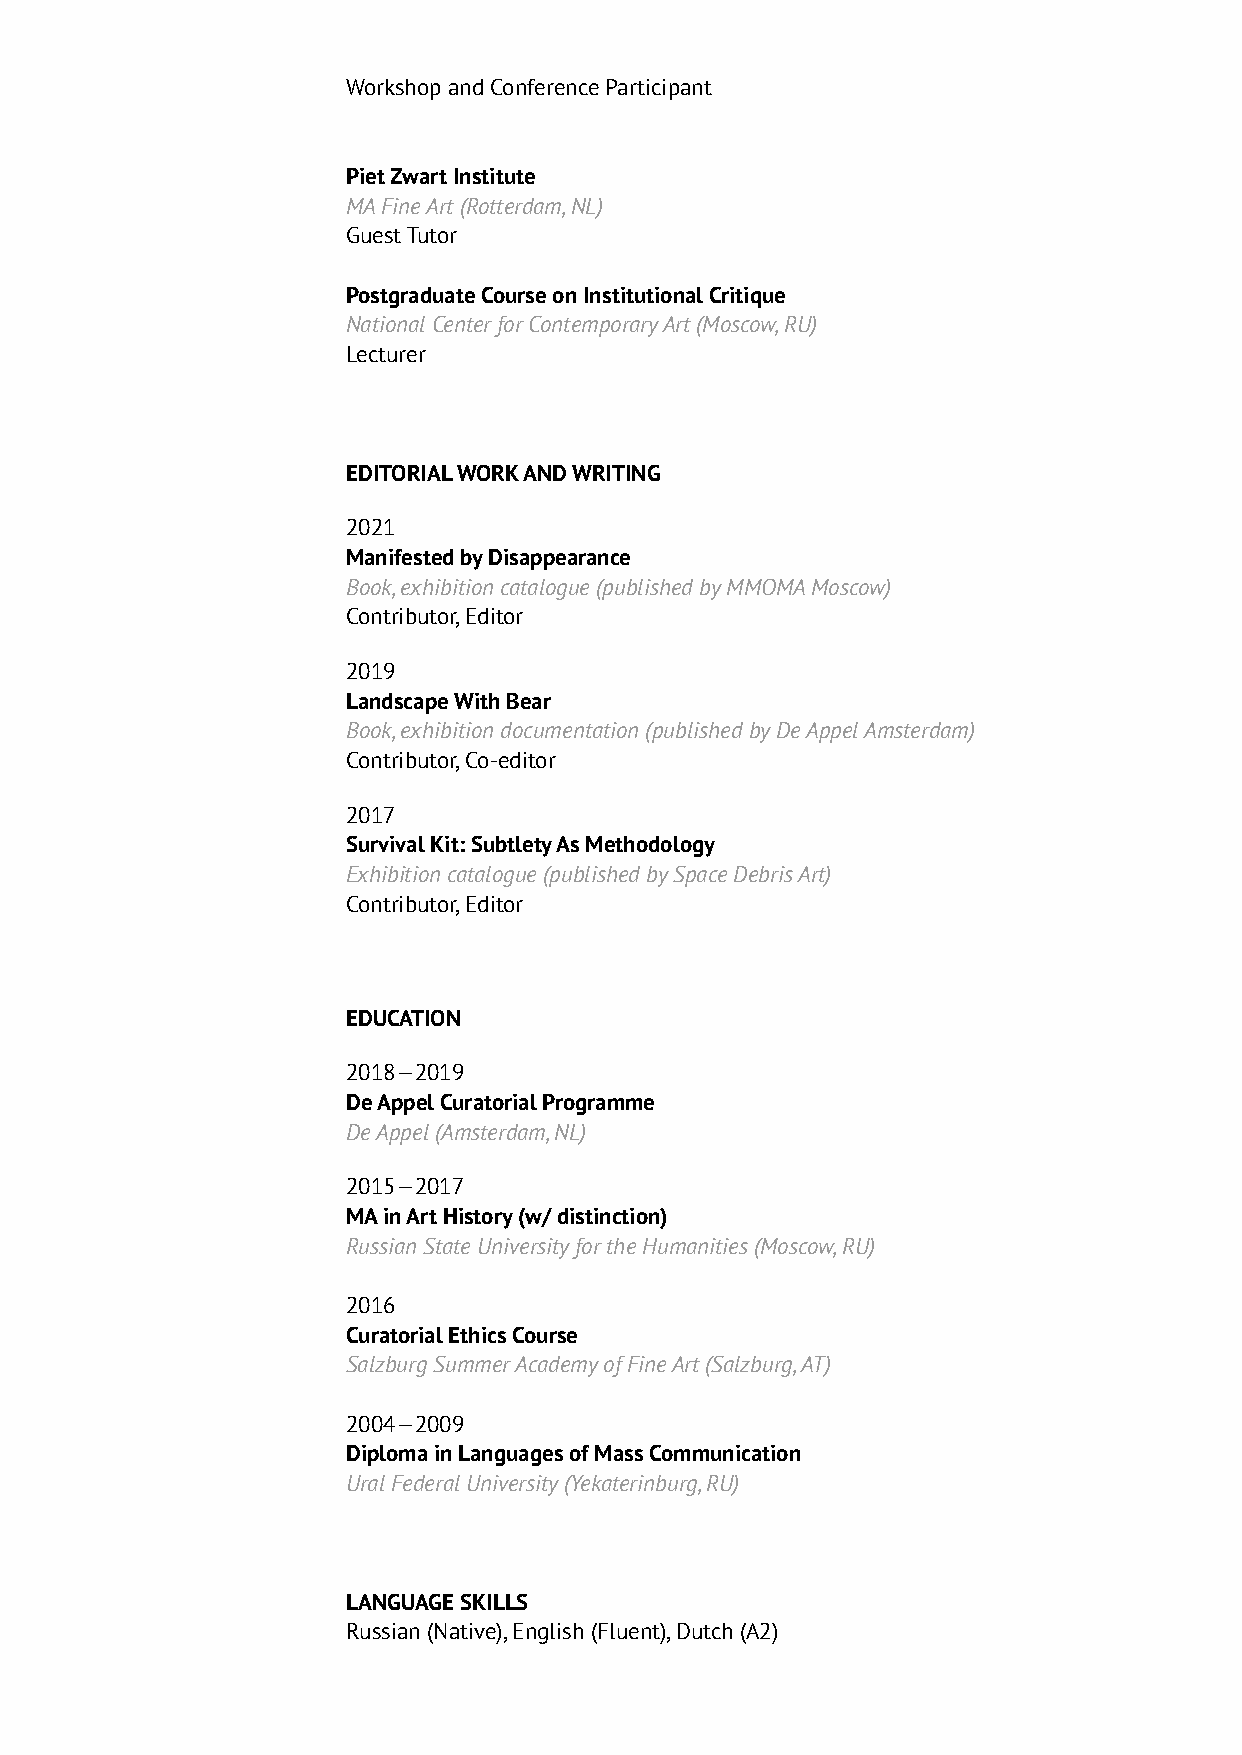
Workshop and Conference Participant
 Piet Zwart Institute
 MA Fine Art (Rotterdam, NL)
 Guest Tutor
 Postgraduate Course on Institutional Critique
 National Center for Contemporary Art (Moscow, RU)
 Lecturer
 EDITORIAL WORK AND WRITING
 2021
 Manifested by Disappearance
 Book, exhibition catalogue (published by MMOMA Moscow)
 Contributor, Editor
 2019
 Landscape With Bear
 Book, exhibition documentation (published by De Appel Amsterdam)
 Contributor, Co-editor
 2017
 Survival Kit: Subtlety As Methodology
 Exhibition catalogue (published by Space Debris Art)
 Contributor, Editor
 EDUCATION
 2018—2019
 De Appel Curatorial Programme
 De Appel (Amsterdam, NL)
 2015—2017
 MA in Art History (w/ distinction)
 Russian State University for the Humanities (Moscow, RU)
 2016
 Curatorial Ethics Course
 Salzburg Summer Academy of Fine Art (Salzburg, AT)
 2004—2009
 Diploma in Languages of Mass Communication
 Ural Federal University (Yekaterinburg, RU)
 LANGUAGE SKILLS
 Russian (Native), English (Fluent), Dutch (A2)